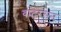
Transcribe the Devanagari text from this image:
वाटरसन